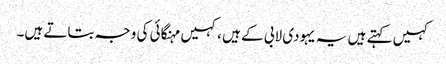
کہیں کہتے ہیں یہ یہودی لابی کے ہیں ،کہیں مہنگائی کی وجہ بتاتے ہیں۔